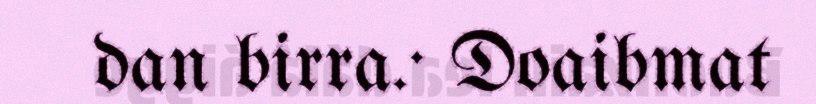
dan birra.· Doaibmat